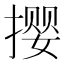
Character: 撄